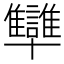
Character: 𠧐